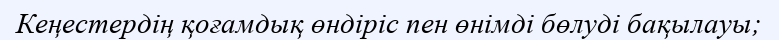
Кеңестердің қоғамдық өндіріс пен өнімді бөлуді бақылауы;